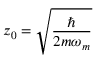
z _ { 0 } = \sqrt { \frac { \hbar } { 2 m \omega _ { m } } }